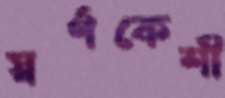
স্বর্ণকেশী